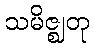
သမိဇ္ဈတု